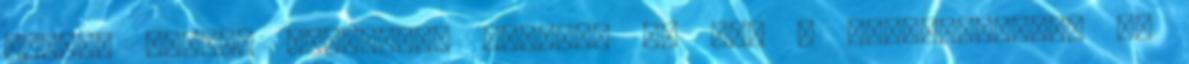
akkor, amikor nincsenek együtt. És ami a legfontosabb: ez